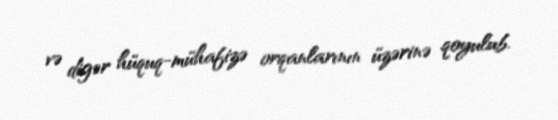
və digər hüquq-mühafizə orqanlarının üzərinə qoyulub.